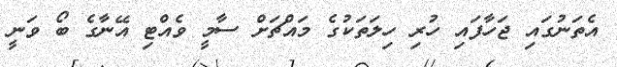
އެތަނުގައި ޖަހާފައި ހުރި ހިލަތަކުގެ މައްޗަށް ސާމީ ވެއްޓި އޭނާގެ ބޯ ވަނީ